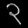
Digit: ၃